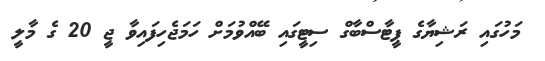
މަހުގައި ރަޝިޔާގެ ޕީޓާސްބާގް ސިޓީގައި ބޭއްވުމަށް ހަމަޖެހިފައިވާ ޖީ 20 ގެ މާލީ